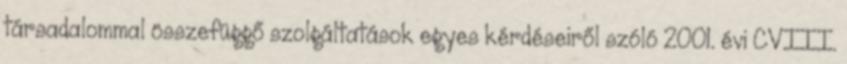
társadalommal összefüggő szolgáltatások egyes kérdéseiről szóló 2001. évi CVIII.